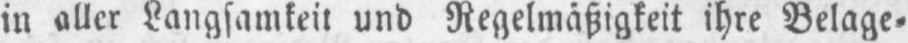
in aller Langsamkeit und Regelmäßigkeit ihre Belage⸗